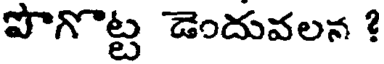
పొగొట్ట డెందువలన ?